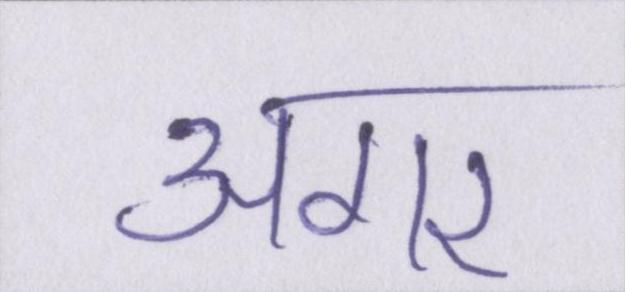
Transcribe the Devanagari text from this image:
अगर